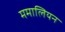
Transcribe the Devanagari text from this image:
ममालियन